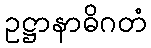
ဥဋ္ဌာနာဓိဂတံ